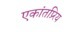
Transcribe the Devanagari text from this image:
एकांतप्र्रिय